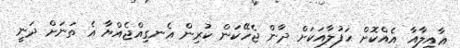
ޢާއިލާއާ އެއްކޮށް ޙަފުލާއަކަށް ދާން ޖެހޭކަން ކުރިން އެނގިއްޖެއްޔާ އެ ތަނަށް ދަނީ